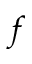
f